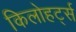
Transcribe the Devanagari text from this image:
किलोहर्ट्स